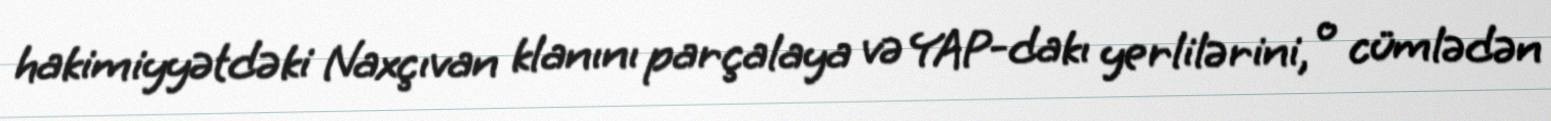
hakimiyyətdəki Naxçıvan klanını parçalaya və YAP-dakı yerlilərini, o cümlədən